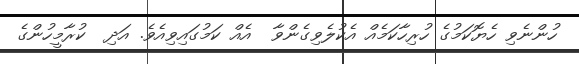
ހުންނެވި ހެޔޮކަމުގެ ހުރިހާކަމެއް އެކުލެވިގެންވާ  އެއް ކަމުގައިވިއެވެ. އަދި  ކުރާމީހުންގެ